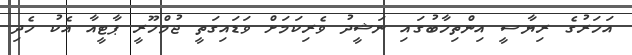
އަހަރުގެ ރިޔާސީ އިންތިހާބުގައި ނަޝީދު ވެރިިކަމަށް ވަޑައިގަތީ ޖުމްހޫރީ ޕާޓީއާ އެކު ހެދި